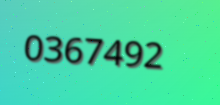
0367492